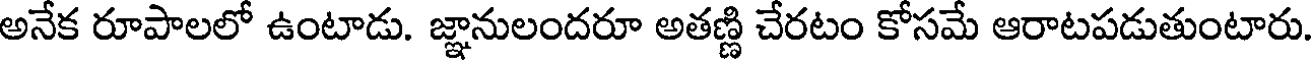
అనేక రూపాలలో ఉంటాడు. జ్ఞానులందరూ అతణ్ణి చేరటం కోసమే ఆరాటపడుతుంటారు.